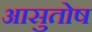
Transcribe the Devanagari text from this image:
आसुतोष